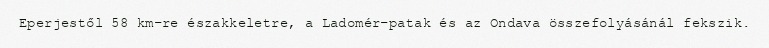
Eperjestől 58 km-re északkeletre, a Ladomér-patak és az Ondava összefolyásánál fekszik.